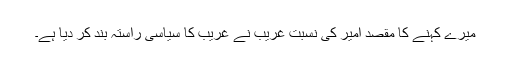
میرے کہنے کا مقصد امیر کی نسبت غریب نے غریب کا سیاسی راستہ بند کر دیا ہے۔